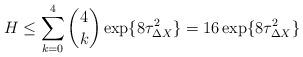
LaTeX: \begin{align*}H \leq \sum_{k=0}^4 {4 \choose k} \exp\{ 8 \tau_{\Delta X}^2\} = 16 \exp\{ 8 \tau_{\Delta X}^2\} \end{align*}